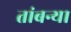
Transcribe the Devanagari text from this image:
तांबन्या